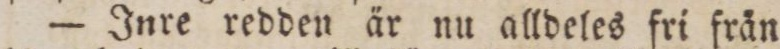
— Inre redden är nu alldeles fri från